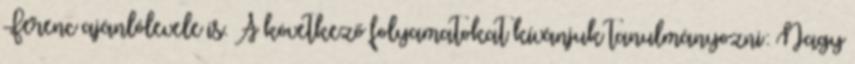
Ferenc ajánlólevele is. A következő folyamatokat kívánjuk tanulmányozni: Nagy